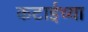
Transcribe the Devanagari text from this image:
कटाईच्या